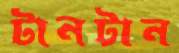
টানটান